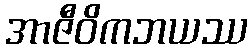
အာဇီဝိကဘယဿ